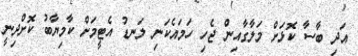
އަދި ބާސާ ކޮޅަށް މަލާގާއިން ޖެހި ހަމައެކަނި ލަނޑު އެޓީމަށް ކާމިޔާބު ކޮށްދިނީ